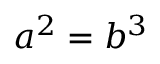
a ^ { 2 } = b ^ { 3 }